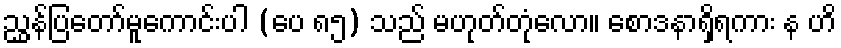
ညွှန်ပြတော်မူကောင်းပါ (ပေ ၈၅) သည် မဟုတ်တုံလော။ စောဒနာရှိရကား န ဟိ